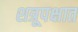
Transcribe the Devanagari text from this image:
शत्रूपक्षात